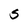
Character: S